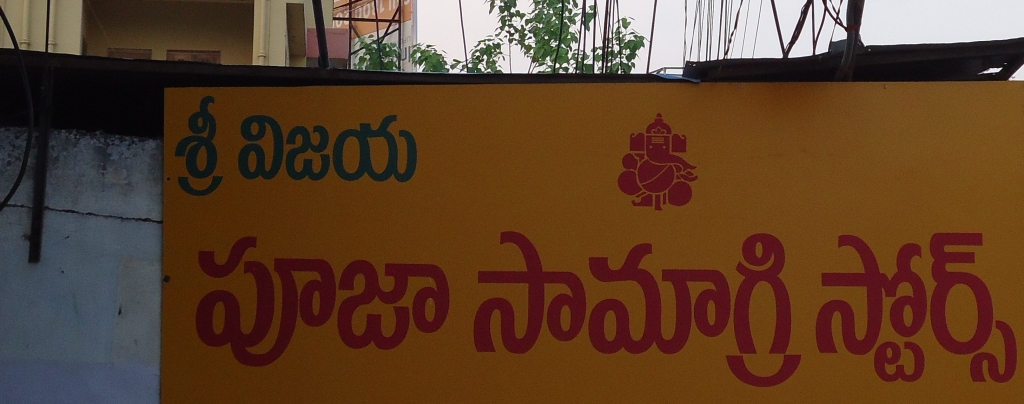
Language: telugu
Transcription: శ్రీ విజయ పూజా సామాగ్రి స్టోర్స్